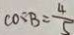
\cos B = \frac { 4 } { 5 }